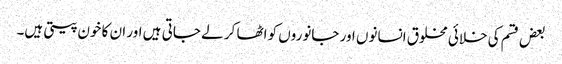
بعض قسم کی خلائی مخلوق انسانوں اور جانوروں کو اٹھا کر لے جاتی ہیں اور ان کا خون پیتی ہیں۔